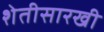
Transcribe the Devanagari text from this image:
शेतीसारखी